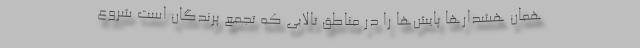
همان هشدارها پایش‌ها را در مناطق تالابی که تجمع پرندگان است شروع